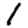
Digit: 1